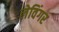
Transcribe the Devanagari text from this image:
लेविंगर